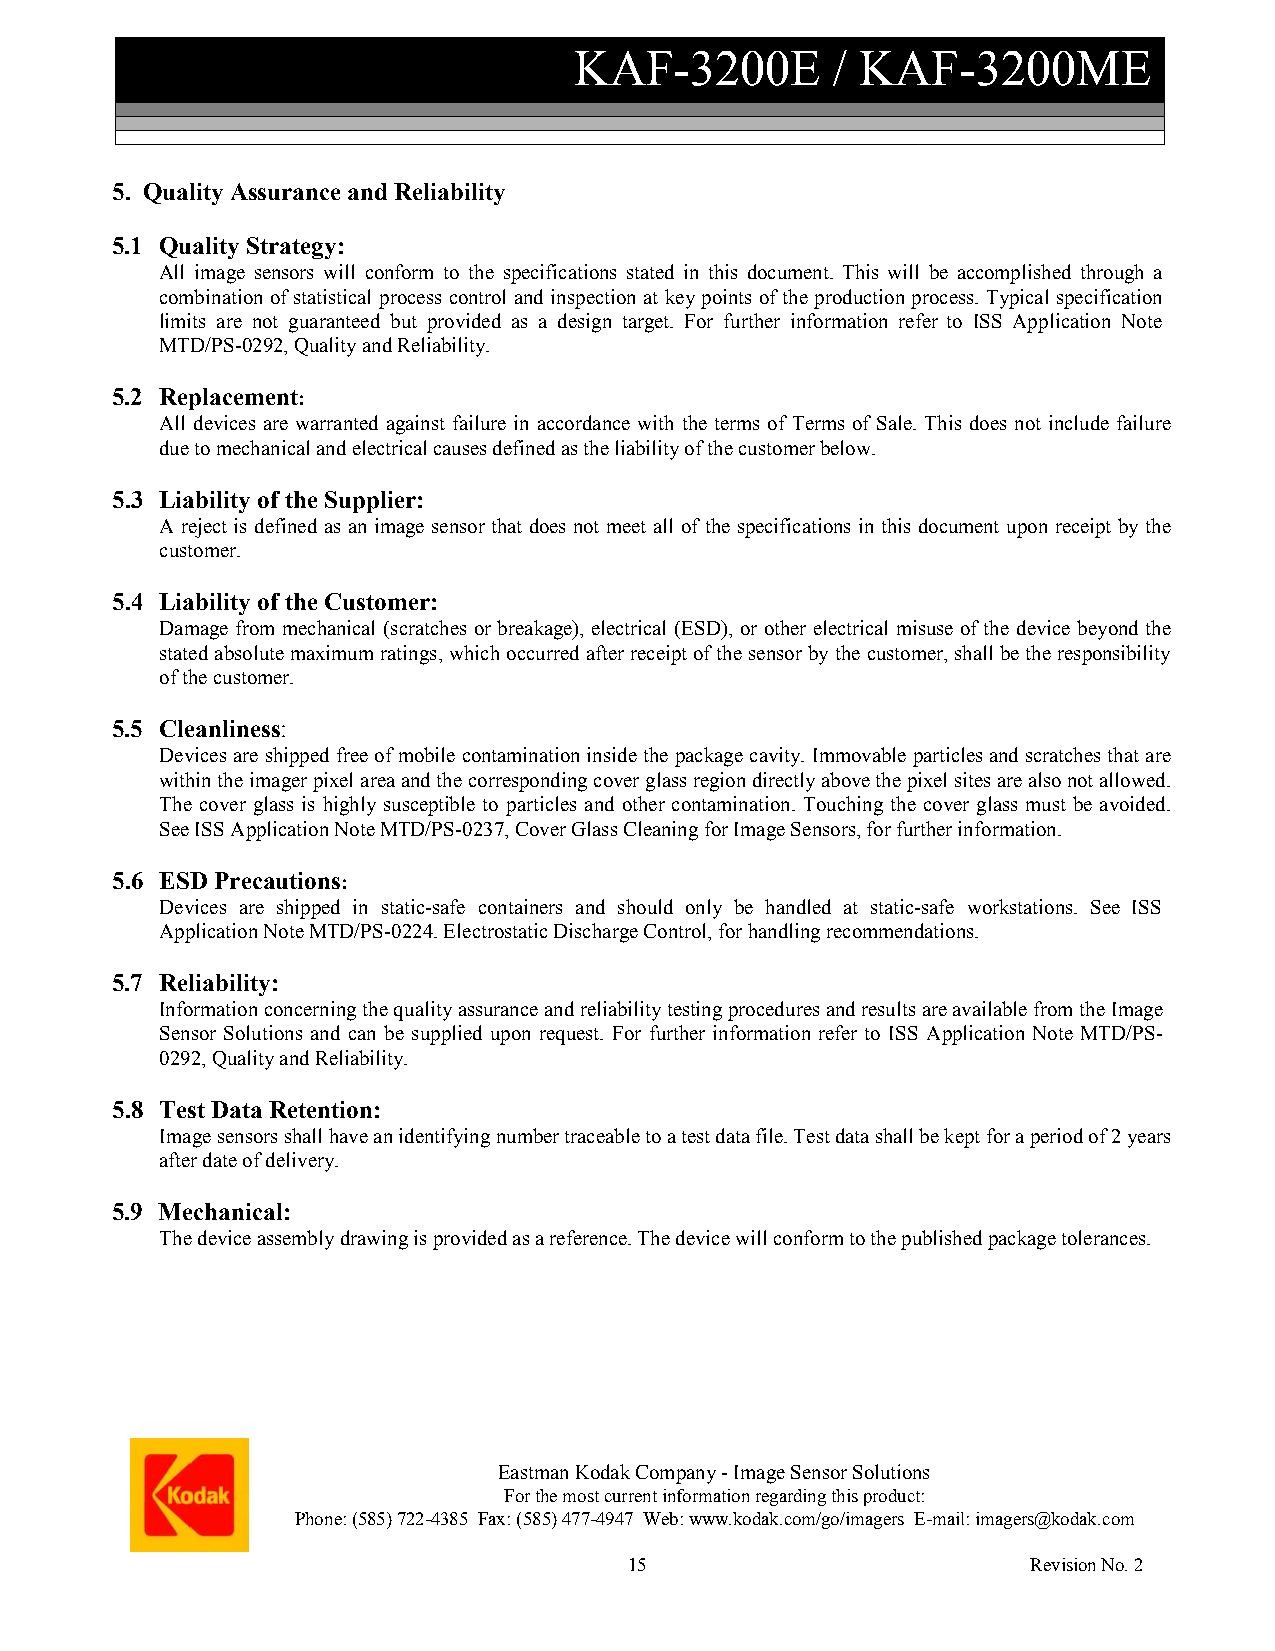
KAF-3200E        / KAF-3200ME
 5. Quality Assurance and Reliability
 5.1 Quality Strategy:
 All image sensors will conform to the specifications stated in this document. This will be accomplished through a
 combination of statistical process control and inspection at key points of the production process. Typical specification
 limits are not guaranteed but provided as a design target. For further information refer to ISS Application Note
 MTD/PS-0292, Quality and Reliability.
 5.2 Replacement:
 All devices are warranted against failure in accordance with the terms of Terms of Sale. This does not include failure
 due to mechanical and electrical causes defined as the liability of the customer below.
 5.3 Liability of the Supplier:
 A reject is defined as an image sensor that does not meet all of the specifications in this document upon receipt by the
 customer.
 5.4 Liability of the Customer:
 Damage from mechanical (scratches or breakage), electrical (ESD), or other electrical misuse of the device beyond the
 stated absolute maximum ratings, which occurred after receipt of the sensor by the customer, shall be the responsibility
 of the customer.
 5.5 Cleanliness:
 Devices are shipped free of mobile contamination inside the package cavity. Immovable particles and scratches that are
 within the imager pixel area and the corresponding cover glass region directly above the pixel sites are also not allowed.
 The cover glass is highly susceptible to particles and other contamination. Touching the cover glass must be avoided.
 See ISS Application Note MTD/PS-0237, Cover Glass Cleaning for Image Sensors, for further information.
 5.6 ESD Precautions:
 Devices are shipped in static-safe containers and should only be handled at static-safe workstations. See ISS
 Application Note MTD/PS-0224. Electrostatic Discharge Control, for handling recommendations.
 5.7 Reliability:
 Information concerning the quality assurance and reliability testing procedures and results are available from the Image
 Sensor Solutions and can be supplied upon request. For further information refer to ISS Application Note MTD/PS-
 0292, Quality and Reliability.
 5.8 Test Data Retention:
 Image sensors shall have an identifying number traceable to a test data file. Test data shall be kept for a period of 2 years
 after date of delivery.
 5.9 Mechanical:
 The device assembly drawing is provided as a reference. The device will conform to the published package tolerances.
 Eastman Kodak Company - Image Sensor Solutions
 For the most current information regarding this product:
 Phone: (585) 722-4385 Fax: (585) 477-4947 Web: www.kodak.com/go/imagers E-mail: imagers@kodak.com
 15                        Revision No. 2